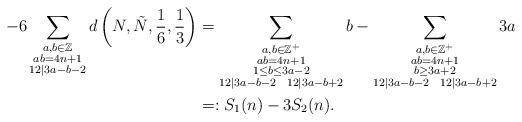
LaTeX: \begin{align*}-6\sum_{\substack{a,b\in \mathbb{Z}\\ab=4n+1\\12|3a-b-2}} d\left(N,\tilde{N}, \frac{1}{6}, \frac{1}{3}\right) &=\sum_{\substack{a,b\in\mathbb{Z}^+\\ ab=4n+1\\ 1\leq b\leq 3a-2\\ 12|3a-b-2 \ \ 12|3a-b+2}} b - \sum_{\substack{ a,b\in\mathbb{Z}^+\\ab=4n+1\\ b\geq 3a+2\\ 12|3a-b-2\ \ 12|3a-b+2}} 3a \\& =:S_1(n)-3S_2(n). \end{align*}